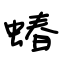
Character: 蝽